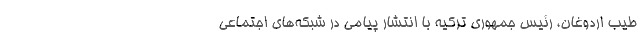
طیب اردوغان، رئیس جمهوری ترکیه با انتشار پیامی در شبکه‌های اجتماعی